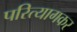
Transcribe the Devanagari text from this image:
परित्यागकर